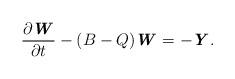
LaTeX: \begin{align*} \frac{\partial \textbf{\textit{W}}}{\partial t} -(B-Q)\textbf{\textit{W}}=-\textbf{\textit{Y}}. \end{align*}